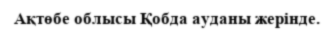
Ақтөбе облысы Қобда ауданы жерінде.